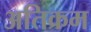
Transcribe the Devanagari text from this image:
अतिक्रम